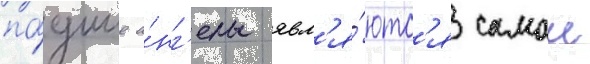
па́дшие а́нг'елы явл'я́ютс'я самои